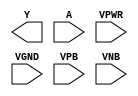
module sky130_fd_sc_lp__invlp (
    Y   ,
    A   ,
    VPWR,
    VGND,
    VPB ,
    VNB
);

    output Y   ;
    input  A   ;
    input  VPWR;
    input  VGND;
    input  VPB ;
    input  VNB ;
endmodule